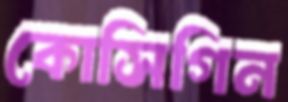
কোসিগিন